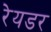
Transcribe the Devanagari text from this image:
रेयडर